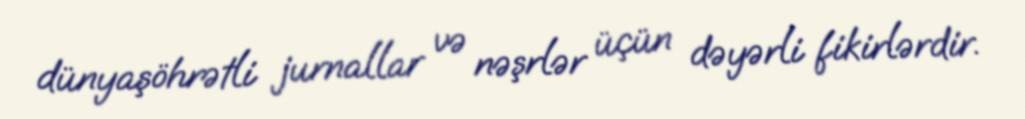
dünyaşöhrətli jurnallar və nəşrlər üçün dəyərli fikirlərdir.